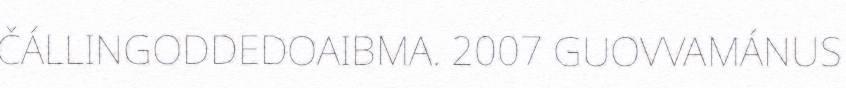
ČÁLLINGODDEDOAIBMA. 2007 GUOVVAMÁNUS